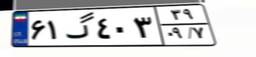
۶۱گ۴۰۳۳۹